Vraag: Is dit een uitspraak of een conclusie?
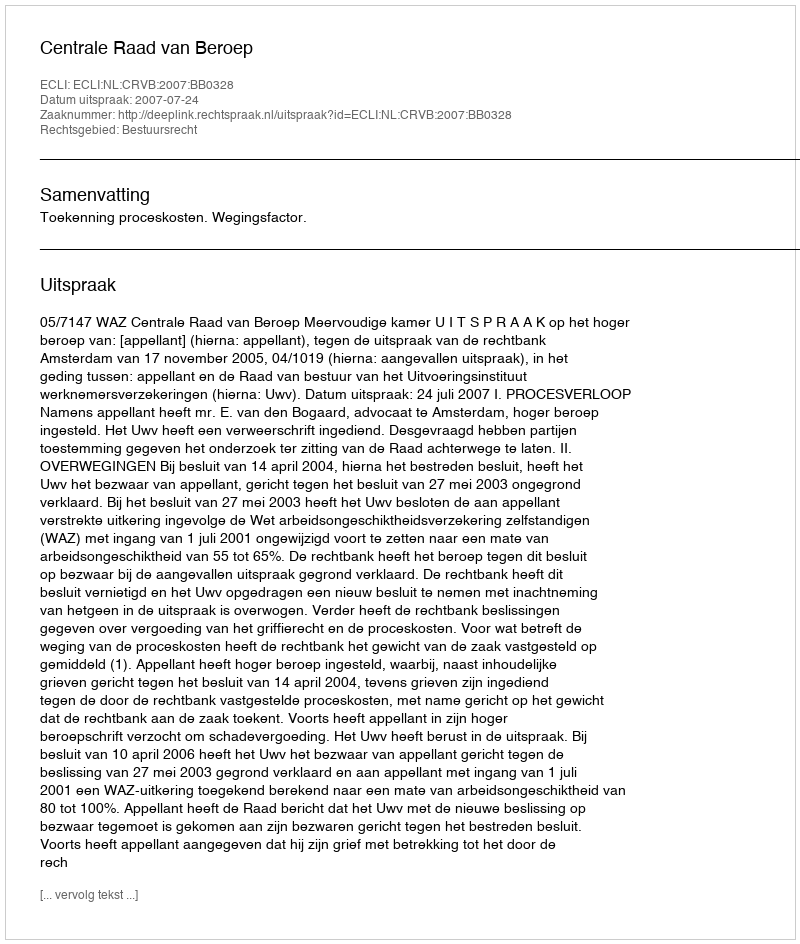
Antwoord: Uitspraak